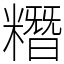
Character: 糣